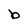
Character: b